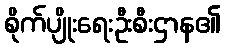
စိုက်ပျိုးရေးဦးစီးဌာန၏